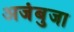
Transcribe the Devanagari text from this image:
अजंबुजा